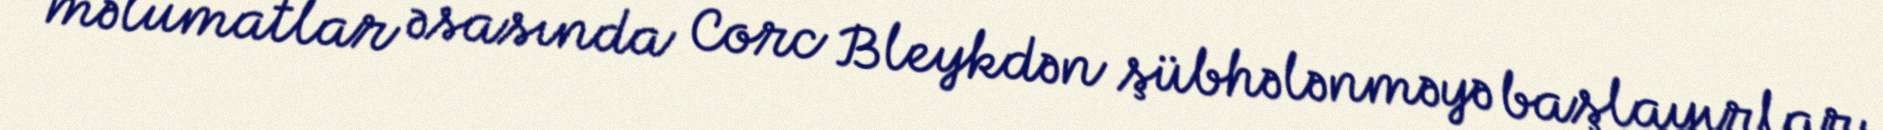
məlumatlar əsasında Corc Bleykdən şübhələnməyə başlayırlar.